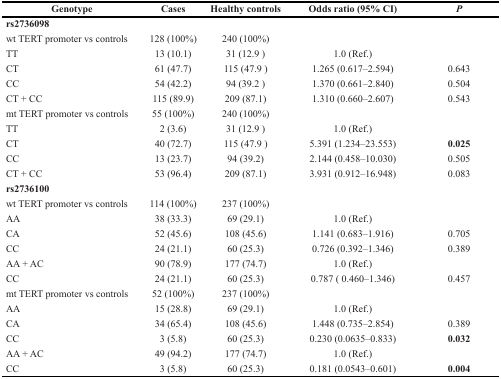
<table><thead><tr><td><b>Genotype</b></td><td><b>Cases</b></td><td><b>Healthy controls</b></td><td><b>Odds ratio (95% CI)</b></td><td><b><i>P</i></b></td></tr></thead><tbody><tr><td><b>rs2736098</b></td><td></td><td></td><td></td><td></td></tr><tr><td>wt TERT promoter vs controls</td><td>128 (100%)</td><td>240 (100%)</td><td></td><td></td></tr><tr><td>TT</td><td>13 (10.1)</td><td>31 (12.9 )</td><td>1.0 (Ref.)</td><td></td></tr><tr><td>CT</td><td>61 (47.7)</td><td>115 (47.9 )</td><td>1.265 (0.617–2.594)</td><td>0.643</td></tr><tr><td>CC</td><td>54 (42.2)</td><td>94 (39.2 )</td><td>1.370 (0.661–2.840)</td><td>0.504</td></tr><tr><td>CT + CC</td><td>115 (89.9)</td><td>209 (87.1)</td><td>1.310 (0.660–2.607)</td><td>0.543</td></tr><tr><td>mt TERT promoter vs controls</td><td>55 (100%)</td><td>240 (100%)</td><td></td><td></td></tr><tr><td>TT</td><td>2 (3.6)</td><td>31 (12.9 )</td><td>1.0 (Ref.)</td><td></td></tr><tr><td>CT</td><td>40 (72.7)</td><td>115 (47.9 )</td><td>5.391 (1.234–23.553)</td><td><b>0.025</b></td></tr><tr><td>CC</td><td>13 (23.7)</td><td>94 (39.2)</td><td>2.144 (0.458–10.030)</td><td>0.505</td></tr><tr><td>CT + CC</td><td>53 (96.4)</td><td>209 (87.1)</td><td>3.931 (0.912–16.948)</td><td>0.083</td></tr><tr><td><b>rs2736100</b></td><td></td><td></td><td></td><td></td></tr><tr><td>wt TERT promoter vs controls</td><td>114 (100%)</td><td>237 (100%)</td><td></td><td></td></tr><tr><td>AA</td><td>38 (33.3)</td><td>69 (29.1)</td><td>1.0 (Ref.)</td><td></td></tr><tr><td>CA</td><td>52 (45.6)</td><td>108 (45.6)</td><td>1.141 (0.683–1.916)</td><td>0.705</td></tr><tr><td>CC</td><td>24 (21.1)</td><td>60 (25.3)</td><td>0.726 (0.392–1.346)</td><td>0.389</td></tr><tr><td>AA + AC</td><td>90 (78.9)</td><td>177 (74.7)</td><td>1.0 (Ref.)</td><td></td></tr><tr><td>CC</td><td>24 (21.1)</td><td>60 (25.3)</td><td>0.787 ( 0.460–1.346)</td><td>0.457</td></tr><tr><td>mt TERT promoter vs controls</td><td>52 (100%)</td><td>237 (100%)</td><td></td><td></td></tr><tr><td>AA</td><td>15 (28.8)</td><td>69 (29.1)</td><td>1.0 (Ref.)</td><td></td></tr><tr><td>CA</td><td>34 (65.4)</td><td>108 (45.6)</td><td>1.448 (0.735–2.854)</td><td>0.389</td></tr><tr><td>CC</td><td>3 (5.8)</td><td>60 (25.3)</td><td>0.230 (0.0635–0.833)</td><td><b>0.032</b></td></tr><tr><td>AA + AC</td><td>49 (94.2)</td><td>177 (74.7)</td><td>1.0 (Ref.)</td><td></td></tr><tr><td>CC</td><td>3 (5.8)</td><td>60 (25.3)</td><td>0.181 (0.0543–0.601)</td><td><b>0.004</b></td></tr></tbody></table>